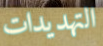
التهديدات